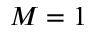
M = 1